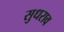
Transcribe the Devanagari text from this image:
सुधराव